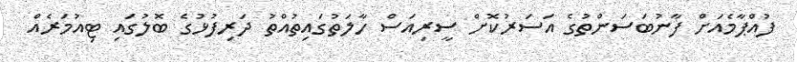
ފުއްޕާމެއަށް ފާނުބަސަންތުގެ އަސަރުކޮށް ސީރިއަސް ހާލަތުގައިތުއްތު ދަރިފުޅުގެ ބޮލުގައި ޓިއުމަރެއް